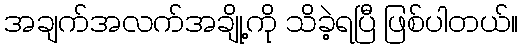
အချက်အလက်အချို့ကို သိခဲ့ရပြီ ဖြစ်ပါတယ်။